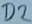
Text: D2